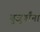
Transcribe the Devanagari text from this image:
बुजुर्गांना